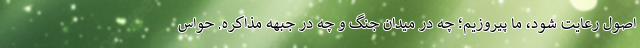
اصول رعایت شود، ما پیروزیم؛ چه در میدان جنگ و چه در جبهه مذاکره. حواس